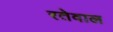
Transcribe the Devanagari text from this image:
रतेवाल